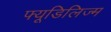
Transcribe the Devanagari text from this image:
फ्यूडिलिज्म